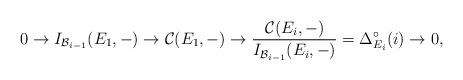
LaTeX: \begin{align*} 0\rightarrow I_{\mathcal{B}_{i-1}}(E_1,-)\rightarrow\mathcal{C}(E_1,-)\rightarrow \frac{\mathcal{C}(E_i,-)}{I_{\mathcal{B}_{i-1}}(E_i,-)}=\Delta_{E_i}^\circ(i)\rightarrow 0,\end{align*}